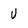
Character: u